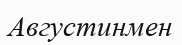
Августинмен